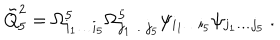
{ \tilde { Q } } _ { 5 } ^ { 2 } = \Omega _ { i _ { 1 } \dots i _ { 5 } } ^ { 5 } \Omega _ { j _ { 1 } \dots j _ { 5 } } ^ { 5 } \psi _ { i _ { 1 } \dots i _ { 5 } } \psi _ { j _ { 1 } \dots j _ { 5 } } \ .